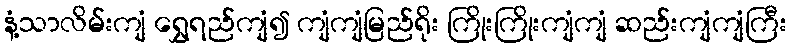
နံ့သာလိမ်းကျံ ရွှေရည်ကျံ၍ ကျံကျံမြည်ရိုး ကြိုးကြိုးကျံကျံ ဆည်းကျံကျံကြီး